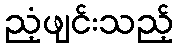
ညံ့ဖျင်းသည့်